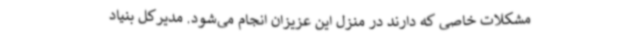
مشکلات خاصی که دارند در منزل این عزیزان انجام می‌شود. مدیرکل بنیاد